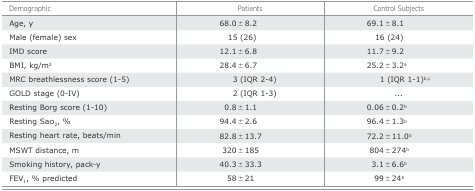
<table><thead><tr><td><b>Demographic</b></td><td><b>Patients</b></td><td><b>Control Subjects</b></td></tr></thead><tbody><tr><td>Age, y</td><td>68.0 ± 8.2</td><td>69.1 ± 8.1</td></tr><tr><td>Male (female) sex</td><td>15 (26)</td><td>16 (24)</td></tr><tr><td>IMD score</td><td>12.1 ± 6.8</td><td>11.7 ± 9.2</td></tr><tr><td>BMI, kg/m<sup>2</sup></td><td>28.4 ± 6.7</td><td>25.2 ± 3.2<sup>a</sup></td></tr><tr><td>MRC breathlessness score (1-5)</td><td>3 (IQR 2-4)</td><td>1 (IQR 1-1)<sup>b,c</sup></td></tr><tr><td>GOLD stage (0-IV)</td><td>2 (IQR 1-3)</td><td>...</td></tr><tr><td>Resting Borg score (1-10)</td><td>0.8 ± 1.1</td><td>0.06 ± 0.2<sup>b</sup></td></tr><tr><td>Resting Sao<sub>2</sub>, %</td><td>94.4 ± 2.6</td><td>96.4 ± 1.3<sup>b</sup></td></tr><tr><td>Resting heart rate, beats/min</td><td>82.8 ± 13.7</td><td>72.2 ± 11.0<sup>b</sup></td></tr><tr><td>MSWT distance, m</td><td>320 ± 185</td><td>804 ± 274<sup>b</sup></td></tr><tr><td>Smoking history, pack-y</td><td>40.3 ± 33.3</td><td>3.1 ± 6.6<sup>b</sup></td></tr><tr><td>FEV<sub>1</sub>, % predicted</td><td>58 ± 21</td><td>99 ± 24<sup>b</sup></td></tr></tbody></table>